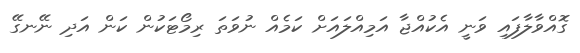
ގޮއްވާލާފައި ވަނީ އެކުއްޖާ އަމިއްލައަށް ކަމެއް ނުވަތަ ރިމޯޓަކުން ކަން އަދި ނޭނގޭ